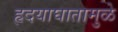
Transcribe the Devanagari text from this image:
हृदयाघातामुळे